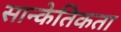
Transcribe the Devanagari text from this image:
सान्केतिकता